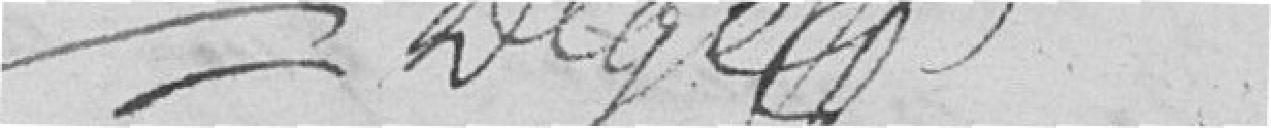
Degél